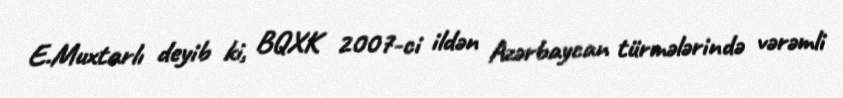
E.Muxtarlı deyib ki, BQXK 2007-ci ildən Azərbaycan türmələrində vərəmli